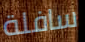
سافلة